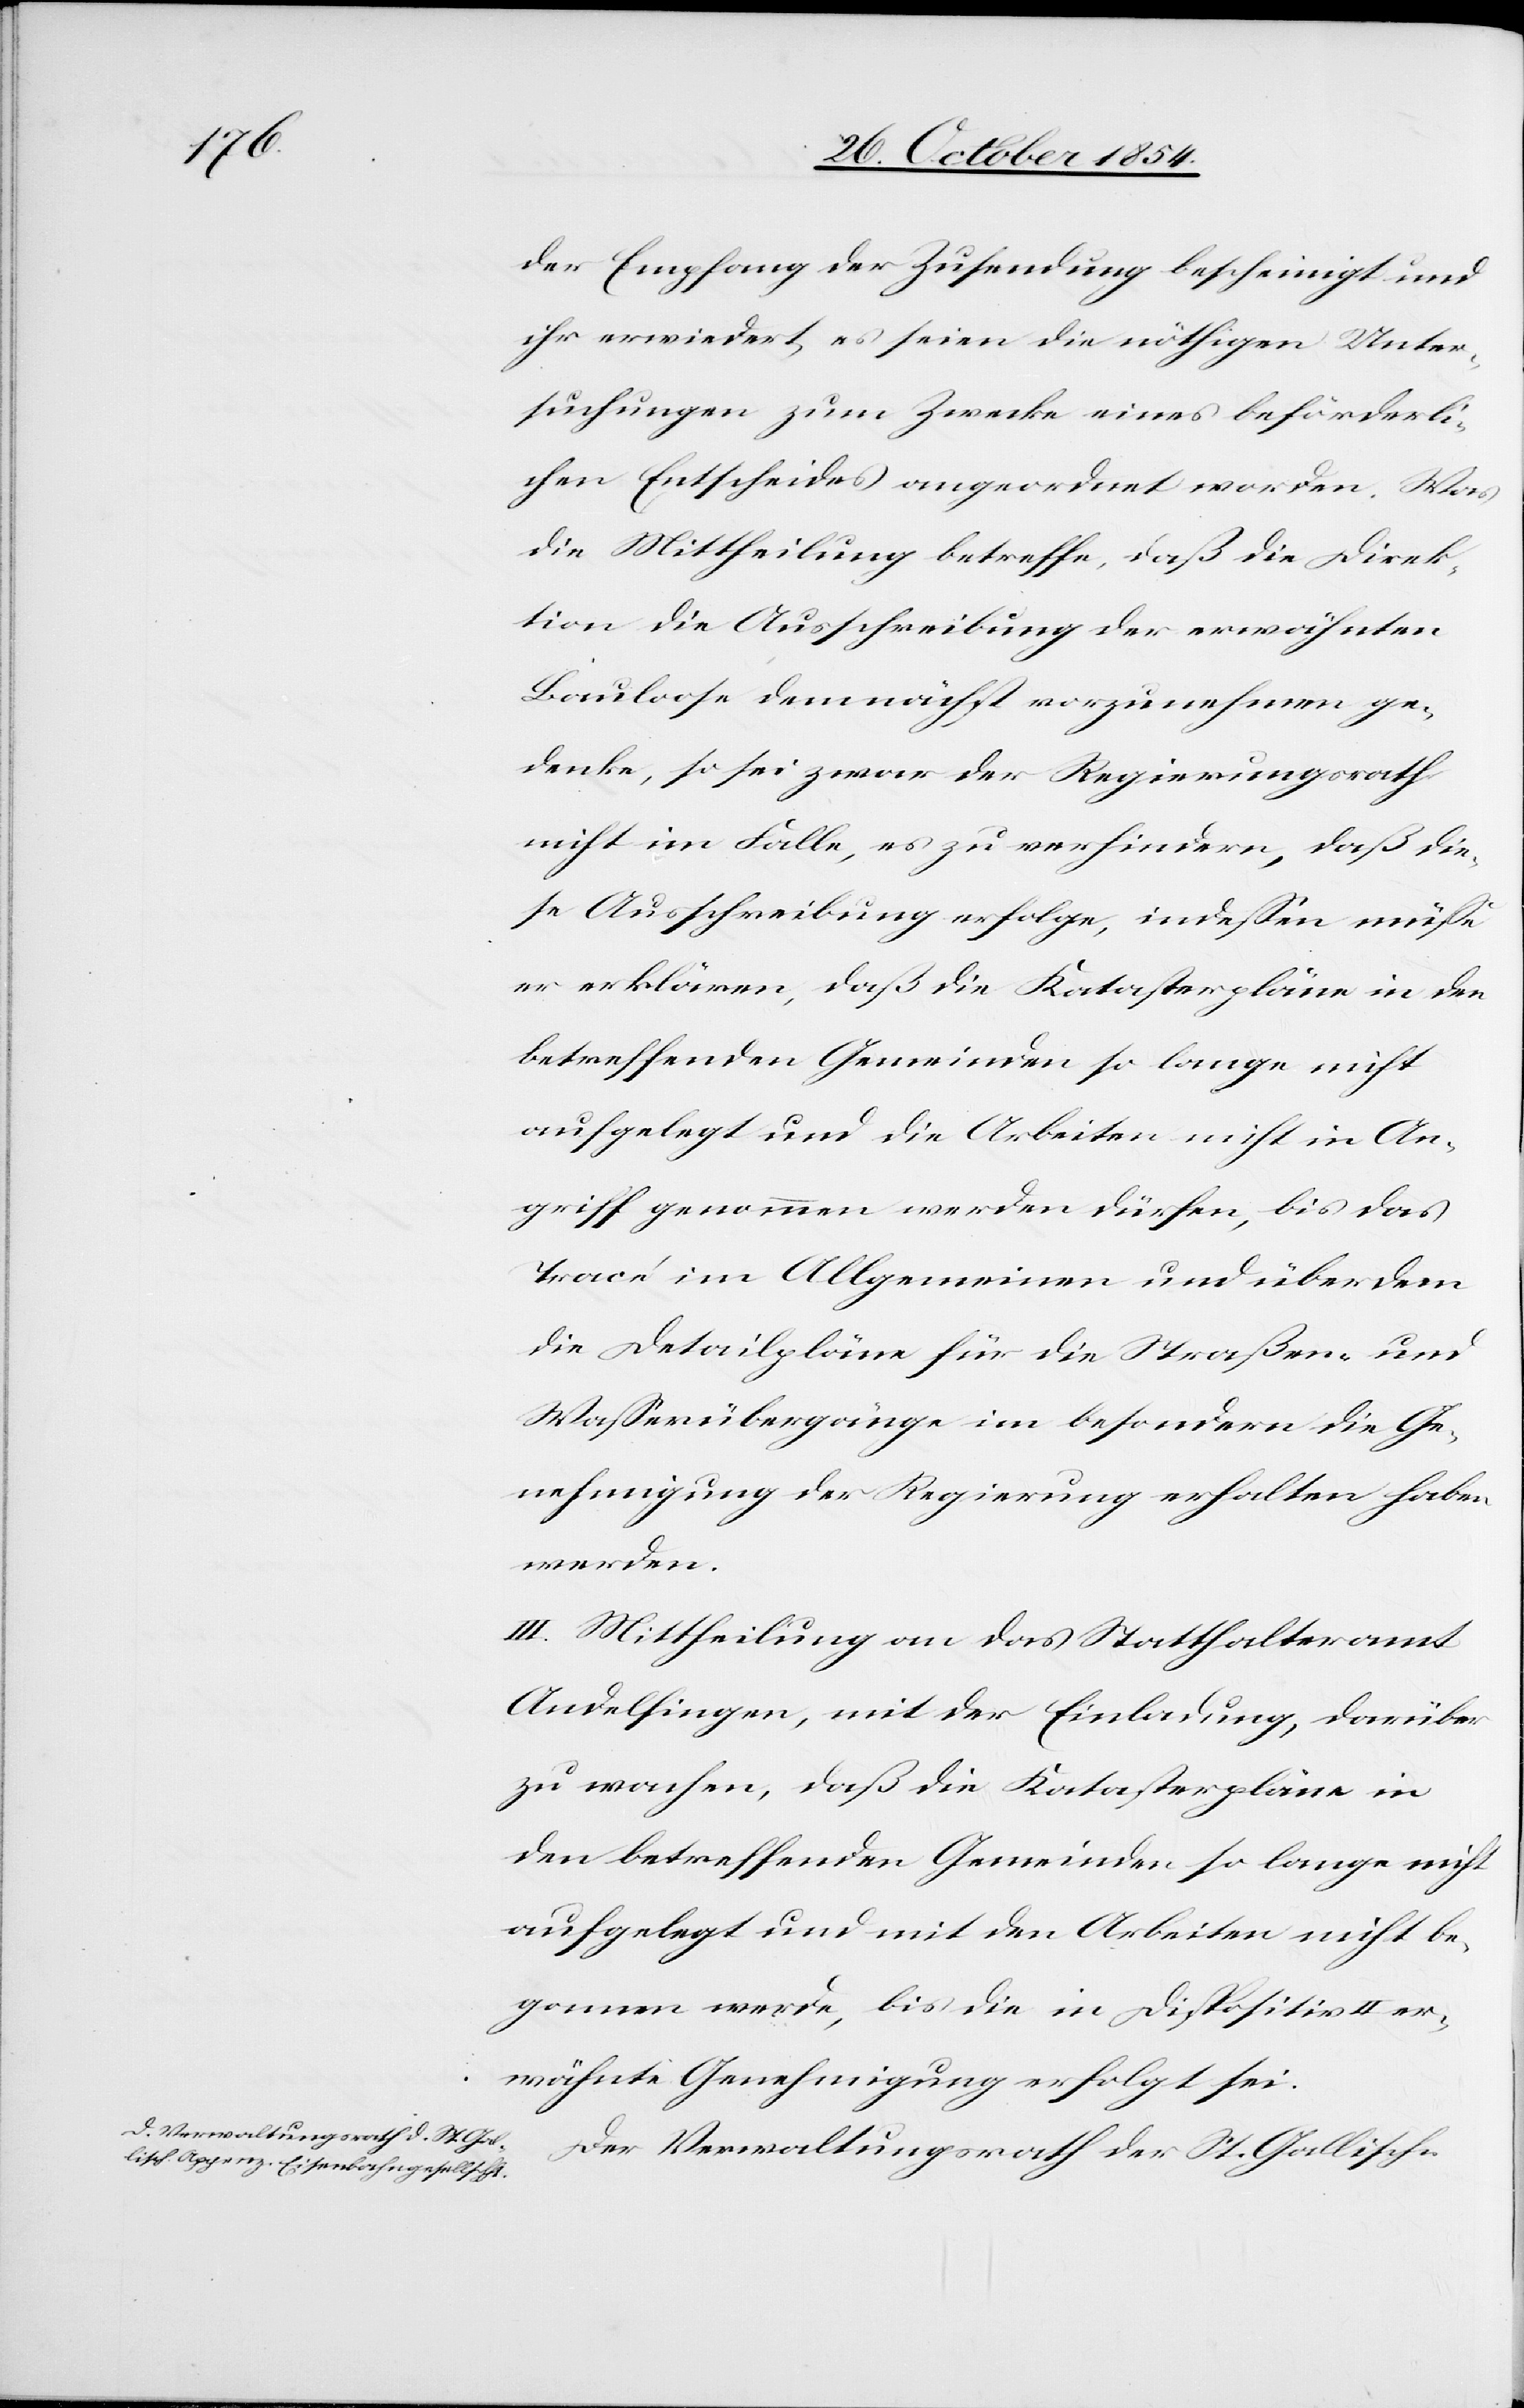
der Empfang der Zusendung bescheinigt und
ihr erwiedert, es seien die nöthigen Unter¬
suchungen zum Zwecke eines beförderli¬
chen Entscheides angeordnet worden. Was
die Mittheilung betreffe, daß die Direk¬
tion die Ausschreibung der erwähnten
Bauloose demnächst vorzunehmen ge¬
denke, so sei zwar der Regierungsrath
nicht im Falle, es zu verhindern, daß die¬
se Ausschreibung erfolge, indeßen müße
er erklären, daß die Katasterpläne in den
betreffenden Gemeinden so lange nicht
aufgelegt und die Arbeiten nicht in An¬
griff genommen werden dürfen, bis das
Tracé im Allgemeinen und überdem
die Detailpläne für die Straßen- und
Waßerübergänge im besondern die Ge¬
nehmigung der Regierung erhalten haben
werden.
III. Mittheilung an das Statthalteramt
Andelfingen, mit der Einladung, darüber
zu wachen, daß die Katasterpläne in
den betreffenden Gemeinden so lange nicht
aufgelegt und mit den Arbeiten nicht be¬
gonnen werde, bis die in Dispositiv II er¬
wähnte Genehmigung erfolgt sei.
Der Verwaltungsrath der St. Gallisch-